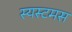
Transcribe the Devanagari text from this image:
स्यस्टमस